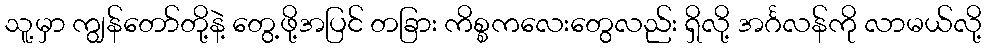
သူ့မှာ ကျွန်တော်တို့နဲ့ တွေ့ဖို့အပြင် တခြား ကိစ္စကလေးတွေလည်း ရှိလို့ အင်္ဂလန်ကို လာမယ်လို့